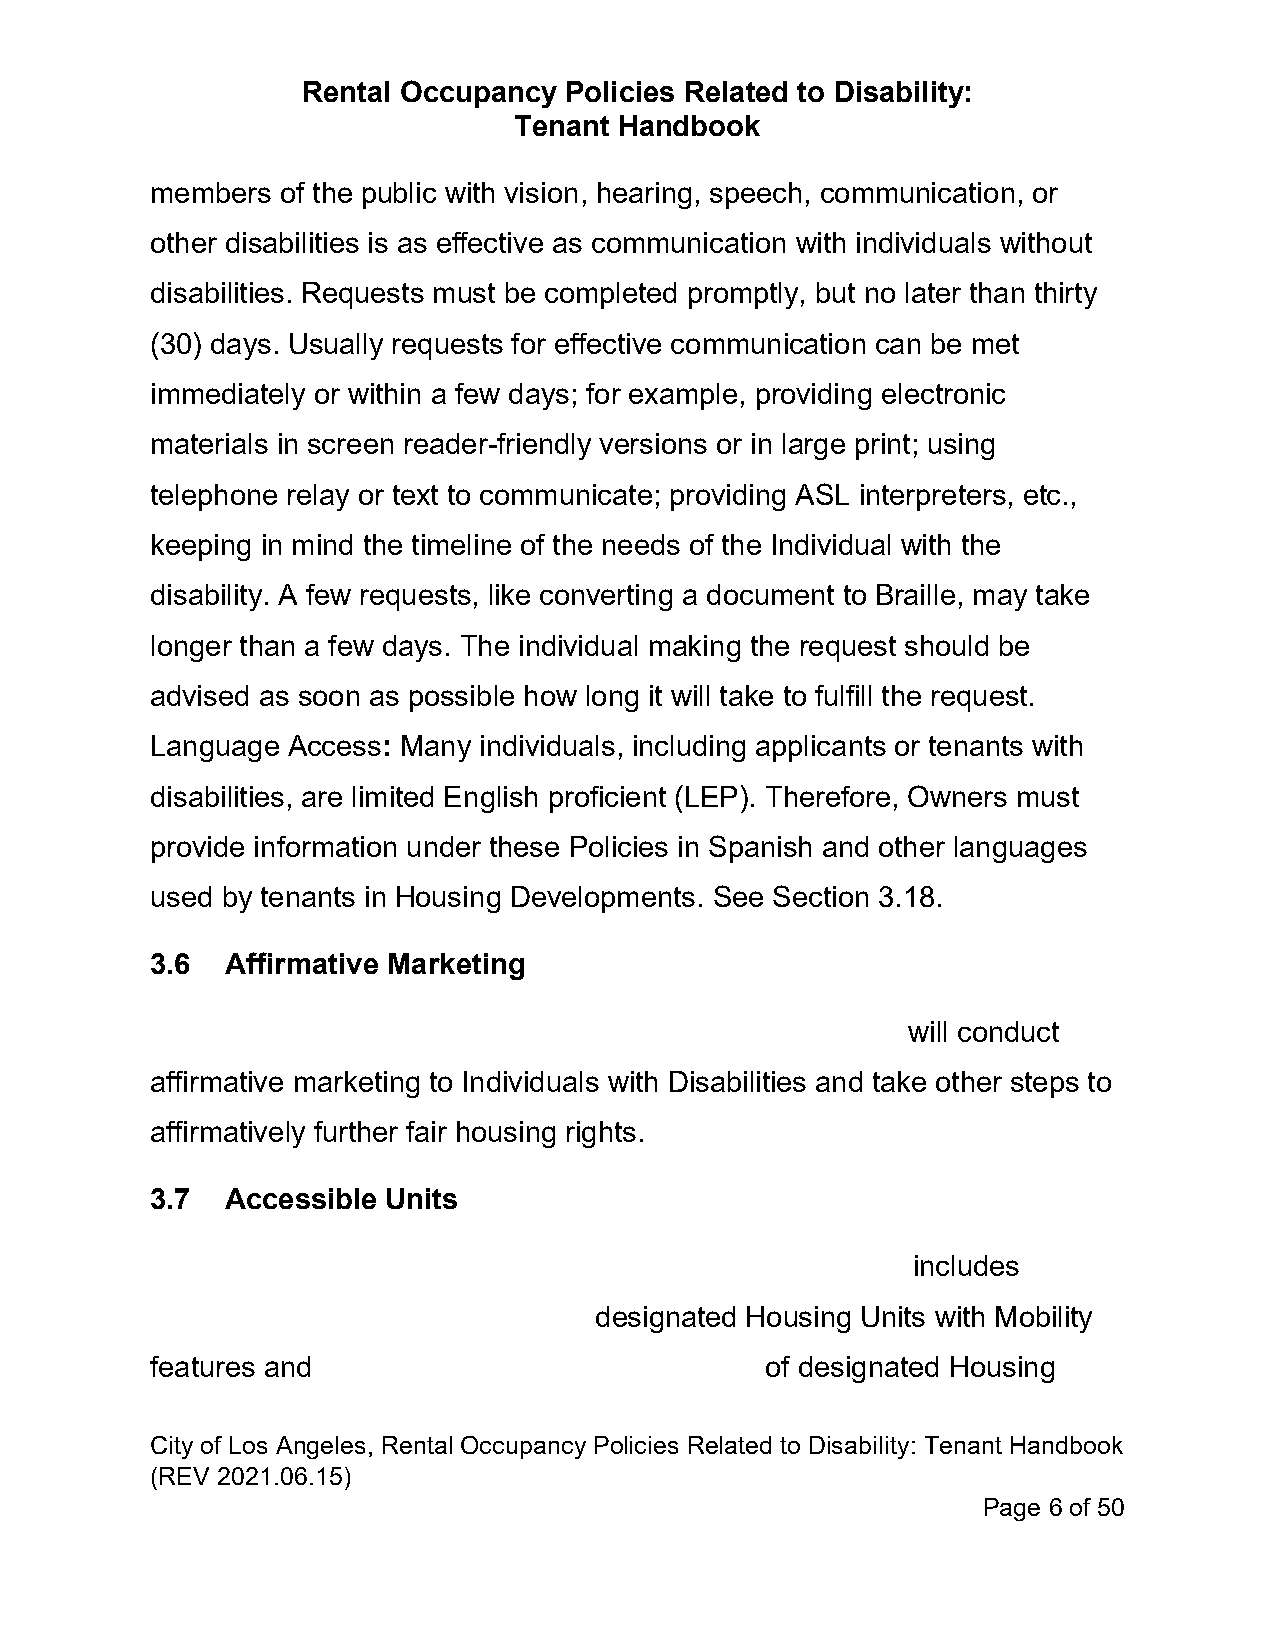
Rental Occupancy Policies Related to Disability:
 Tenant Handbook
 members  of the public with vision, hearing, speech, communication, or
 other disabilities is as effective as communication with individuals without
 disabilities. Requests must be completed promptly, but no later than thirty
 (30) days. Usually requests for effective communication can be met
 immediately or within a few days; for example, providing electronic
 materials in screen reader-friendly versions or in large print; using
 telephone relay or text to communicate; providing ASL interpreters, etc.,
 keeping in mind the timeline of the needs of the Individual with the
 disability. A few requests, like converting a document to Braille, may take
 longer than a few days. The individual making the request should be
 advised as soon as possible how long it will take to fulfill the request.
 Language Access: Many individuals, including applicants or tenants with
 disabilities, are limited English proficient (LEP). Therefore, Owners must
 provide information under these Policies in Spanish and other languages
 used by tenants in Housing Developments. See Section 3.18.
 3.6  Affirmative Marketing
 will conduct
 affirmative marketing to Individuals with Disabilities and take other steps to
 affirmatively further fair housing rights.
 3.7  Accessible Units
 includes
 designated Housing Units with Mobility
 features and                             of designated Housing
 City of Los Angeles, Rental Occupancy Policies Related to Disability: Tenant Handbook
 (REV 2021.06.15)
 Page 6 of 50